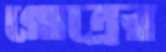
গোত্রের